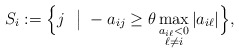
\begin{align*}S_i:=\Big\{j\ \ \big|\ -a_{ij}\ge\theta\max\limits_{\substack{a_{i\ell}< 0\\ \ell\neq i}}|a_{i\ell}|\Big\},\end{align*}